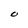
Character: O